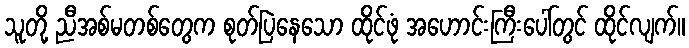
သူတို့ ညီအစ်မတစ်တွေက စုတ်ပြဲနေသော ထိုင်ဖုံ အဟောင်းကြီးပေါ်တွင် ထိုင်လျက်။